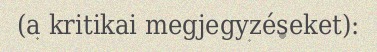
(a kritikai megjegyzéseket):